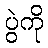
ပွဲကို